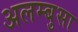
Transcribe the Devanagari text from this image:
अलम्बुसा